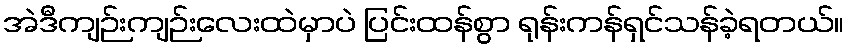
အဲဒီကျဉ်းကျဉ်းလေးထဲမှာပဲ ပြင်းထန်စွာ ရုန်းကန်ရှင်သန်ခဲ့ရတယ်။